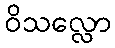
ဝိသလ္လော